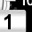
Digit: 1